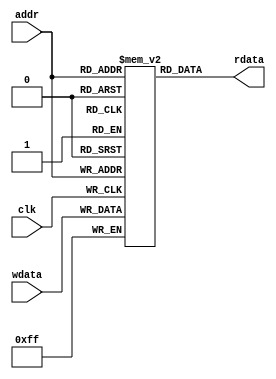
module top(input clk, input [7:0] addr, wdata, output [7:0] rdata);
reg [7:0] memory [255:0];
assign rdata = memory[addr];
always @(posedge clk) memory[addr] <= wdata;
endmodule